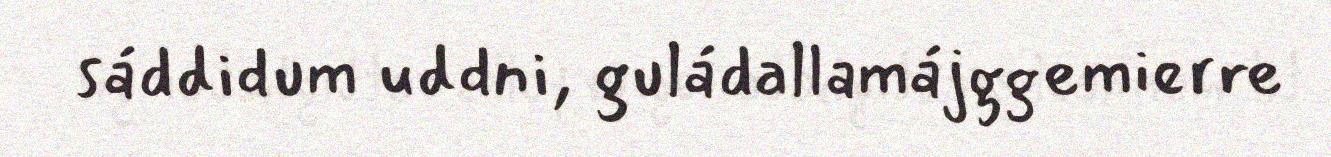
sáddidum uddni, guládallamájggemierre